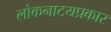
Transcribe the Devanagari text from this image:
लोकनाटयप्रकार